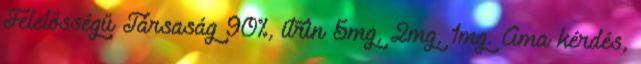
Felelősségű Társaság 90%, itrin 5mg, 2mg, 1mg. Ama kérdés,